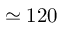
\simeq 1 2 0